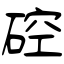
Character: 硿